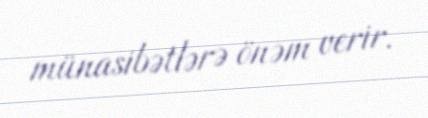
münasibətlərə önəm verir.